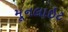
મૂનલાઇટ